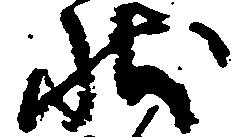
状